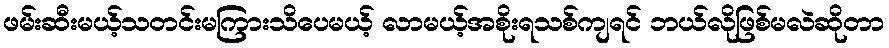
ဖမ်းဆီးမယ့်သတင်းမကြားသိပေမယ့် လာမယ့်အစိုးရသစ်ကျရင် ဘယ်လိုဖြစ်မလဲဆိုတာ